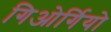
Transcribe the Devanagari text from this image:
गिओर्गियो